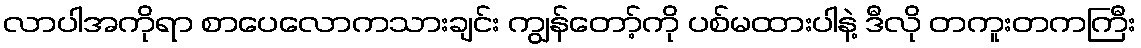
လာပါအကိုရာ စာပေလောကသားချင်း ကျွန်တော့်ကို ပစ်မထားပါနဲ့ ဒီလို တကူးတကကြီး